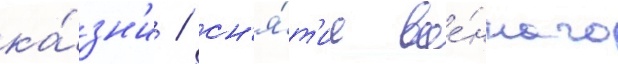
ка́зн'и / сн'я́т'ие вое́нного